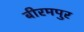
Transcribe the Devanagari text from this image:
बीरमपुर